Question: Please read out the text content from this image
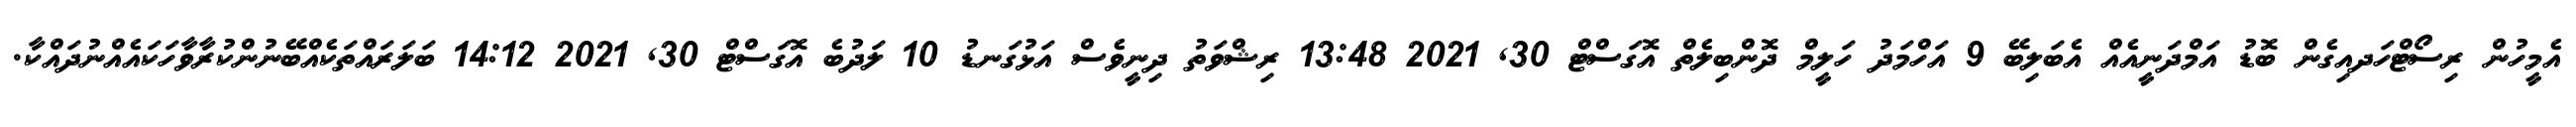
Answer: އެމީހުން ރިސޯޓްހަދއިގެން ބޮޑު އަމްދަނީއެއް އެބަލިބޭ 9 އަހްމަދު ހަލީމް ދޮންބިލެތް އޮގަސްޓް 30, 2021 13:48 ރިޝްވަތު ދިނީވެސް އަޅުގަނޑު 10 ލަދުބެ އޮގަސްޓް 30, 2021 14:12 ބަލަރައްތަކެއްބޭނުންކުރާވާހަކައެއްނުދައްކާ.